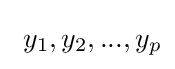
\ y_{1},y_{2},...,y_{p}